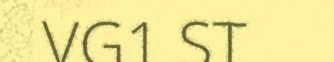
VG1 ST